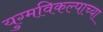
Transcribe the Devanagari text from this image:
युग्मविकल्पाच्या